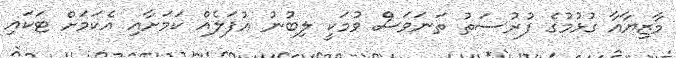
މާޒިޔާއާ ގުޅުމުގެ ފުރުސަތު ތަނަވަސް ވުމަކީ ލިބުނު އުފަލެއް ކަމަށާއި އެކަމަށް ޓަކައި